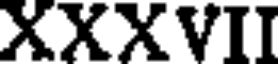
XXXVII